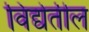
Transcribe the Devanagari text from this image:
विद्येतील